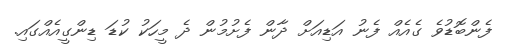
ފެންބޮޑުވެ ގެއެއް ފެނު އަޑިއަށް ދާން ފެށުމުން ދެ މީހަކު ކުޑަ ޑިންގީއެއްގައި.